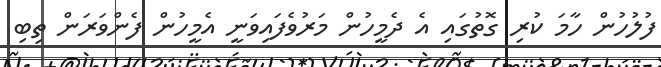
ފުލުހުން ހާމަ ކުރި ގޮތުގައި އެ ދެމީހުން މަރުވެފައިވަނީ އެމީހުން ފެންވަރަން ތިބި